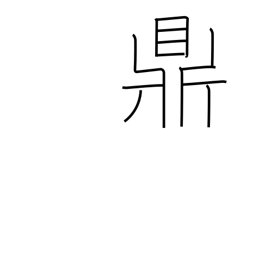
Meaning: three legged kettle